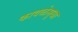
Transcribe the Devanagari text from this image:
कावळेसुधा